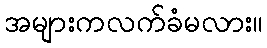
အများကလက်ခံမလား။